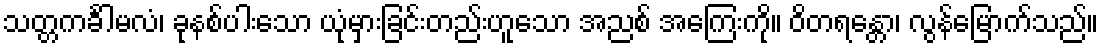
သတ္တကင်္ခါမလံ၊ ခုနစ်ပါးသော ယုံမှားခြင်းတည်းဟူသော အညစ် အကြေးကို။ ဝိတရန္တော၊ လွန်မြောက်သည်။